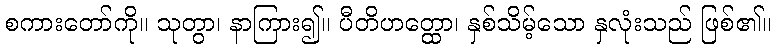
စကားတော်ကို။ သုတွာ၊ နာကြား၍။ ပီတိဟတ္ထော၊ နှစ်သိမ့်သော နှလုံးသည် ဖြစ်၏။